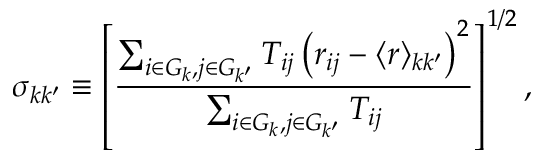
\sigma _ { k k ^ { \prime } } \equiv \left[ \frac { \sum _ { i \in G _ { k } , j \in G _ { k ^ { \prime } } } T _ { i j } \left( r _ { i j } - \langle r \rangle _ { k k ^ { \prime } } \right) ^ { 2 } } { \sum _ { i \in G _ { k } , j \in G _ { k ^ { \prime } } } { T _ { i j } } } \right] ^ { 1 / 2 } ,